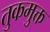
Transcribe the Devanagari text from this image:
तुकमुक्त